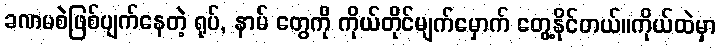
ခဏမစဲဖြစ်ပျက်နေတဲ့ ရုပ်, နာမ် တွေကို ကိုယ်တိုင်မျက်မှောက် တွေ့နိုင်တယ်။ကိုယ်ထဲမှာ